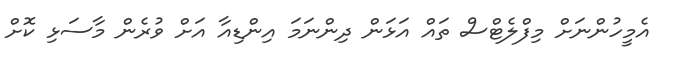
އެމީހުންނަށް މިފްލެޓްސް ތައް އަޅަން ދިންނަމަ އިންޑިއާ އަށް ވުރެން މާސަޅި ކޮށް